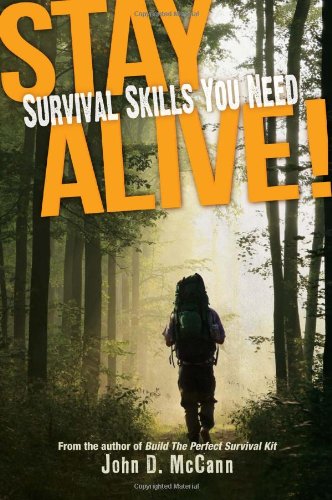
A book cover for Stay Alive!: Survival Skills You Need; John D. McCann; Sports & Outdoors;